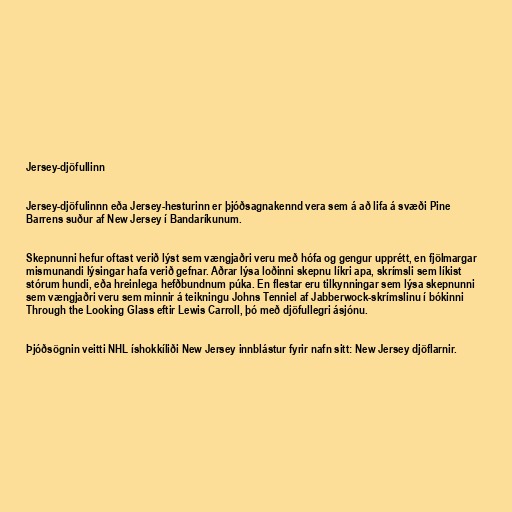
Jersey-djöfullinn

Jersey-djöfulinnn eða Jersey-hesturinn er þjóðsagnakennd vera sem á að lifa á svæði Pine
Barrens suður af New Jersey í Bandaríkunum.

Skepnunni hefur oftast verið lýst sem vængjaðri veru með hófa og gengur upprétt, en fjölmargar
mismunandi lýsingar hafa verið gefnar. Aðrar lýsa loðinni skepnu líkri apa, skrímsli sem líkist
stórum hundi, eða hreinlega hefðbundnum púka. En flestar eru tilkynningar sem lýsa skepnunni
sem vængjaðri veru sem minnir á teikningu Johns Tenniel af Jabberwock-skrímslinu í bókinni
Through the Looking Glass eftir Lewis Carroll, þó með djöfullegri ásjónu.

Þjóðsögnin veitti NHL íshokkíliði New Jersey innblástur fyrir nafn sitt: New Jersey djöflarnir.